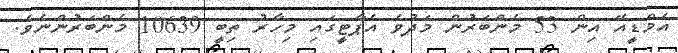
އެމްޑީއޭ އިން 53 މެންބަރުން މަދުވެ އެޕާޓީގައި މިހާރު ތިބީ 10639 މެންބަރުންނެވެ.